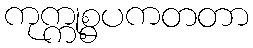
ကုက္ကုစ္စပကတတာ